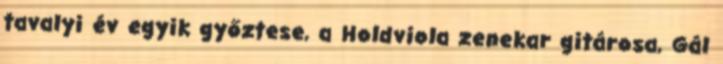
tavalyi év egyik győztese, a Holdviola zenekar gitárosa, Gál